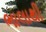
ભાલાથી